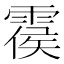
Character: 𩃺